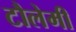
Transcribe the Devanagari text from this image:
टौलेमी